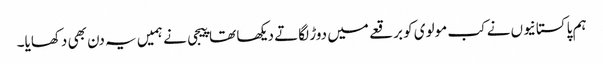
ہم پاکستانیوں نے کب مولوی کو برقعے میں دوڑ لگاتے دیکھا تھا پیجی نے ہمیں یہ دن بھی دکھایا۔